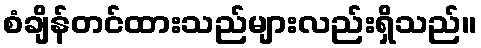
စံချိန်တင်ထားသည်များလည်းရှိသည်။